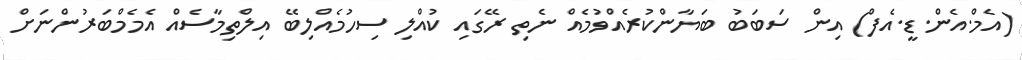
(އެމް.އެން.ޑީ.އެފް) އިން ސަބަބު ބަޔާންކުރެއްވުމެއް ނެތި ރޭގައި ކުއްލި ސިހުމެއްލިބޭ އިލްތިމާސެއް އެމެމްބަރުންނަށް